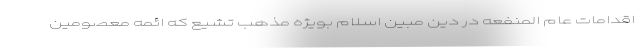
اقدامات عام المنفعه در دین مبین اسلام بویژه مذهب تشیع که ائمه‌ معصومین